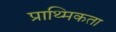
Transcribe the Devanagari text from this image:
प्राथ्मिकता